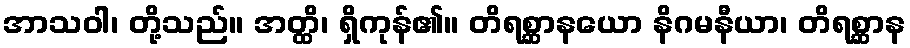
အာသဝါ၊ တို့သည်။ အတ္ထိ၊ ရှိကုန်၏။ တိရစ္ဆာနယော နိဂမနီယာ၊ တိရစ္ဆာန